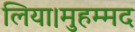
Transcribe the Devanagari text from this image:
लिया।मुहम्मद